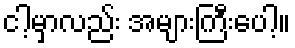
ငါ့မှာလည်း အများကြီးပေါ့။